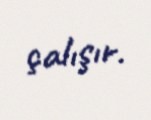
çalışır.